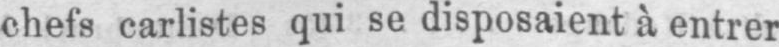
chefs carlistes qui se disposaient à entrer